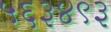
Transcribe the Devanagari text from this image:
५६३४९३